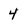
Character: 4